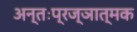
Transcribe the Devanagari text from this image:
अन्तःप्रज्ञात्मक